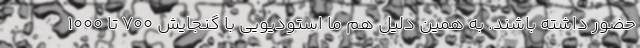
حضور داشته باشند. به همین دلیل هم ما استودیویی با گنجایش ۷۰۰ تا ۱۰۰۰